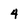
Character: 4